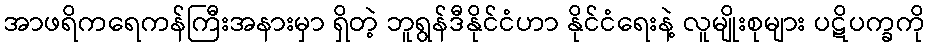
အာဖရိကရေကန်ကြီးအနားမှာ ရှိတဲ့ ဘူရွန်ဒီနိုင်ငံဟာ နိုင်ငံရေးနဲ့ လူမျိုးစုများ ပဋိပက္ခကို